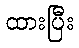
ထားပြီး